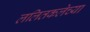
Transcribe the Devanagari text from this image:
ललितकलेच्या